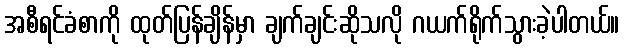
အစီရင်ခံစာကို ထုတ်ပြန်ချိန်မှာ ချက်ချင်းဆိုသလို ဂယက်ရိုက်သွားခဲ့ပါတယ်။